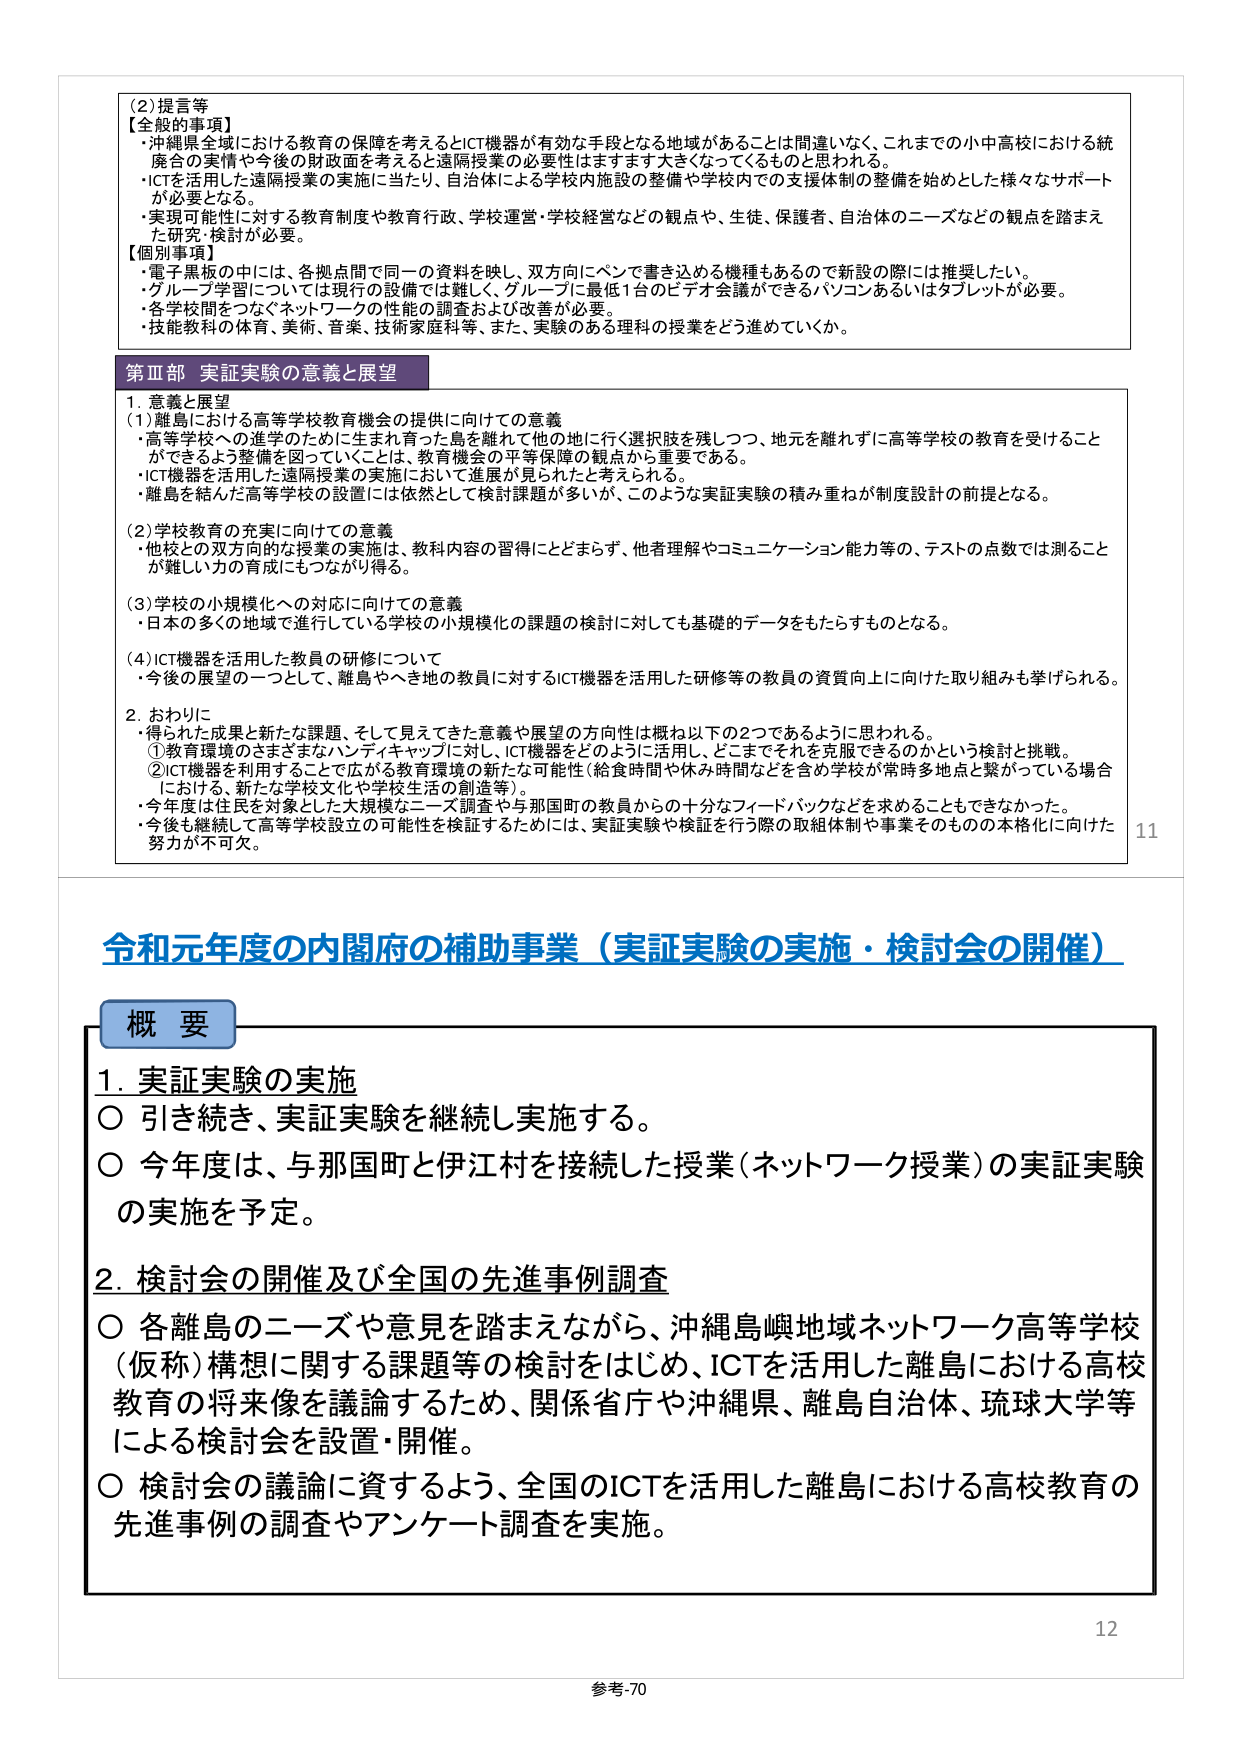
(2) 提言等
【全般的事項】
・沖縄県全域における教育の保障を考えるとICT機器が有効な手段となる地域があることは間違いない。これまでの小中高校における統廃合の実情や今後の財政面を考えると遠隔授業の必要性はますます大きくなってくるものと思われる。
・ICTを活用した遠隔授業の実施に当たり、自治体による学校内施設の整備や学校内での支援体制の整備を始めとした様々なサポートが必要となる。
・実現可能性に対する教育制度や教育行政、学校運営・学校経営などの観点や、生徒、保護者、自治体のニーズなどの観点を踏まえた研究・検討が必要。

【個別事項】
・電子黒板の中には、各拠点間で同一の資料を映し、双方向にペンで書き込める機種もあるので新設の際には推奨したい。
・グループ学習については現行の設備では難しく、グループに最低1台のビデオ会議ができるパソコンあるいはタブレットが必要。
・各学校間をつなぐネットワークの性能の調査および改善が必要。
・技能教科の体育、美術、音楽、技術家庭科等、また、実験のある理科の授業をどう進めていくか。

第Ⅲ部 実証実験の意義と展望
1. 意義と展望
(1) 離島における新たな高等学校教育機会の提供に向けての意義
・高等学校への進学のために生まれ育った島を離れて他の地に行く選択肢を残しつつ、地元を離れずに高等学校の教育を受けることができるよう整備を図っていくことは、教育機会の平等保障の観点から重要である。
・ICT機器を活用した遠隔授業の実施において進展が見られると考えられる。
・離島を結んだ高等学校の設置には依然として検討課題が多いが、このような実証実験の積み重ねが制度設計の前提となる。

(2) 学校教育の充実に向けての意義
・他校との双方向的な授業の実施は、教科内容の習得にとどまらず、他者理解やコミュニケーション能力等の、テストの点数では測ることが難しい力の育成にもつながり得る。

(3) 学校の小規模化への対応に向けての意義
・日本の多くの地域で進行している学校の小規模化の課題の検討に対しても基礎的データをもたらすものとなる。

(4) ICT機器を活用した教員の研修について
・今後の展望の一つとして、離島やへき地の教員に対するICT機器を活用した研修等の教員の資質向上に向けた取り組みも挙げられる。

2. おわりに
・得られた成果と新たな課題、そして見えてきた意義や展望の方向性は概ね以下の2つであるように思われる。
① 教育環境のさまざまなハンディキャップに対し、ICT機器をどのように活用し、どこまでそれを克服できるのかという検討と挑戦。
② ICT機器を利用する事で広がる教育環境の新たな可能性（給食時間や休み時間などを含め学校が常時多地点と繋がっている場合における、新たな学校文化や学校生活の創造等）。
・今年度は住民を対象とした大規模なニーズ調査や与那国町の教員からの十分なフィードバックなどを求めることもできなかった。
・今後も継続して高等学校設立の可能性を検証するためには、実証実験や検証を行う際の取組体制や事業そのものの本格化に向けた努力が不可欠。

11

令和元年度の内閣府の補助事業（実証実験の実施・検討会の開催）

概要
1. 実証実験の実施
〇 引き続き、実証実験を継続し実施する。
〇 今年度は、与那国町と伊江村を接続した授業（ネットワーク授業）の実証実験の実施を予定。

2. 検討会の開催及び全国の先進事例調査
〇 各離島のニーズや意見を踏まえながら、沖縄島嶼地域ネットワーク高等学校（仮称）構想に関する課題等の検討をはじめ、ICTを活用した離島における高校教育の将来像を議論するため、関係省庁や沖縄県、離島自治体、琉球大学等による検討会を設置・開催。
〇 検討会の議論に資するよう、全国のICTを活用した離島における高校教育の先進事例の調査やアンケート調査を実施。

12
参考-70